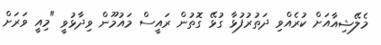
މެލޭޝިއާއަށް ކުރެއްވި ދަތުރުފުޅާ ގުޅޭ ގޮތުން ރައީސް މައުމޫން ވިދާޅުވީ "މިއީ ވަރަށް